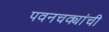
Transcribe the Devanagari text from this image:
पवनचक्यांची